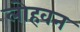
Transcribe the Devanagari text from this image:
लोहवन